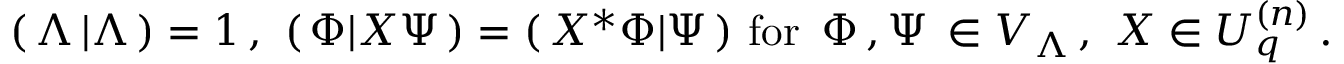
( \, \Lambda \, \vert \Lambda \, ) = 1 \, , \, \, ( \, \Phi \vert X \Psi \, ) = ( \, X ^ { * } \Phi \vert \Psi \, ) \, \, \mathrm { f o r } \, \, \, \Phi \, , \Psi \, \in { \cal V } _ { \Lambda } \, , \, \, X \in U _ { q } ^ { ( n ) } \, .